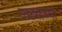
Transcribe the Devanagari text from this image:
नाट्याच्या